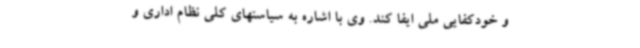
و خودکفایی ملی ایفا کند. وی با اشاره به سیاستهای کلی نظام اداری و